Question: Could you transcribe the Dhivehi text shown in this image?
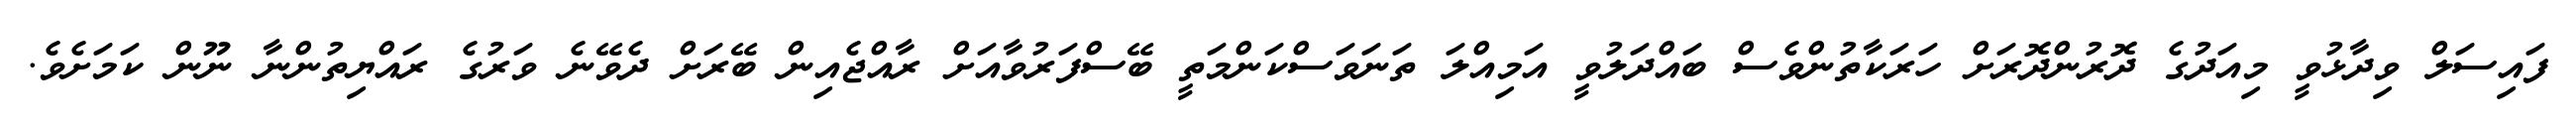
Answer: ފައިސަލް ވިދާޅުވީ މިއަދުގެ ދޮރުންދޮރަށް ހަރަކާތުންވެސް ބައްދަލުވީ އަމިއްލަ ތަނަވަސްކަންމަތީ ބޭސްފަރުވާއަށް ރާއްޖެއިން ބޭރަށް ދެވޭނެ ވަރުގެ ރައްޔިތުންނާ ނޫން ކަމަށެވެ.